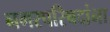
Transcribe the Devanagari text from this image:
नगरपरिषदांना